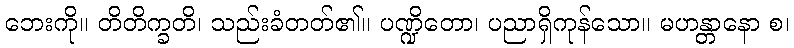
ဘေးကို။ တိတိက္ခတိ၊ သည်းခံတတ်၏။ ပဏ္ဍိတော၊ ပညာရှိကုန်သော။ မဟန္တာနော စ၊